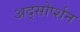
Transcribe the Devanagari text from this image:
अद्सोर्प्शन